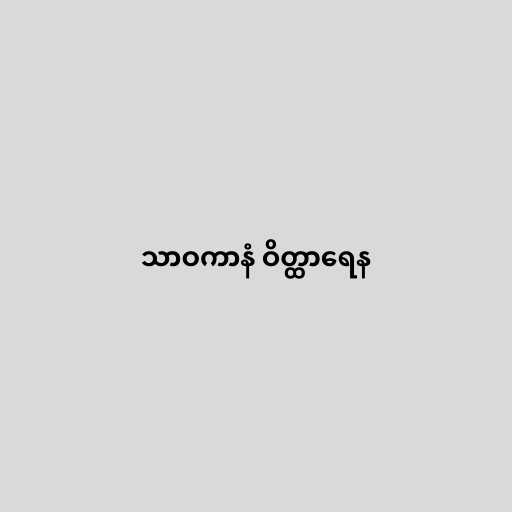
သာဝကာနံ ဝိတ္ထာရေန